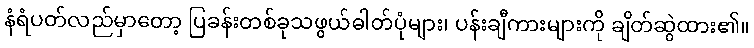
နံရံပတ်လည်မှာတော့ ပြခန်းတစ်ခုသဖွယ်ဓါတ်ပုံများ၊ ပန်းချီကားများကို ချိတ်ဆွဲထား၏။